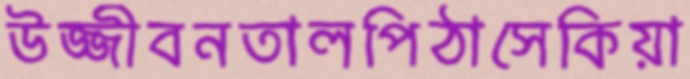
উজ্জীবনতালপিঠাসেকিয়া